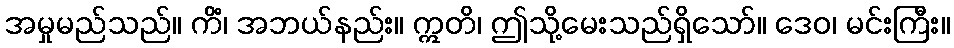
အမှုမည်သည်။ ကိံ၊ အဘယ်နည်း။ ဣတိ၊ ဤသို့မေးသည်ရှိသော်။ ဒေဝ၊ မင်းကြီး။